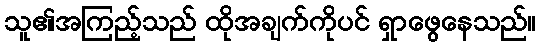
သူ၏အကြည့်သည် ထိုအချက်ကိုပင် ရှာဖွေနေသည်။